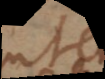
utem